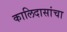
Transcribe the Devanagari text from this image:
कालिदासांचा